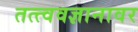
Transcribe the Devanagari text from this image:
तत्त्ववज्ञानावर